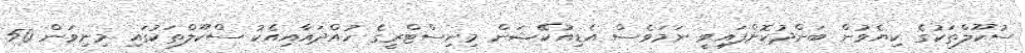
ސުކޫލްތަކުގެ ކިޔެވުން ބަންދުކޮށްފައިވީ ނަމަވެސް އެޑިއުކޭޝަން މިނިސްޓްރީގެ ހުއްދައާއިއެކު ސްކޫލްތަކުގައި މިނިވަން 50